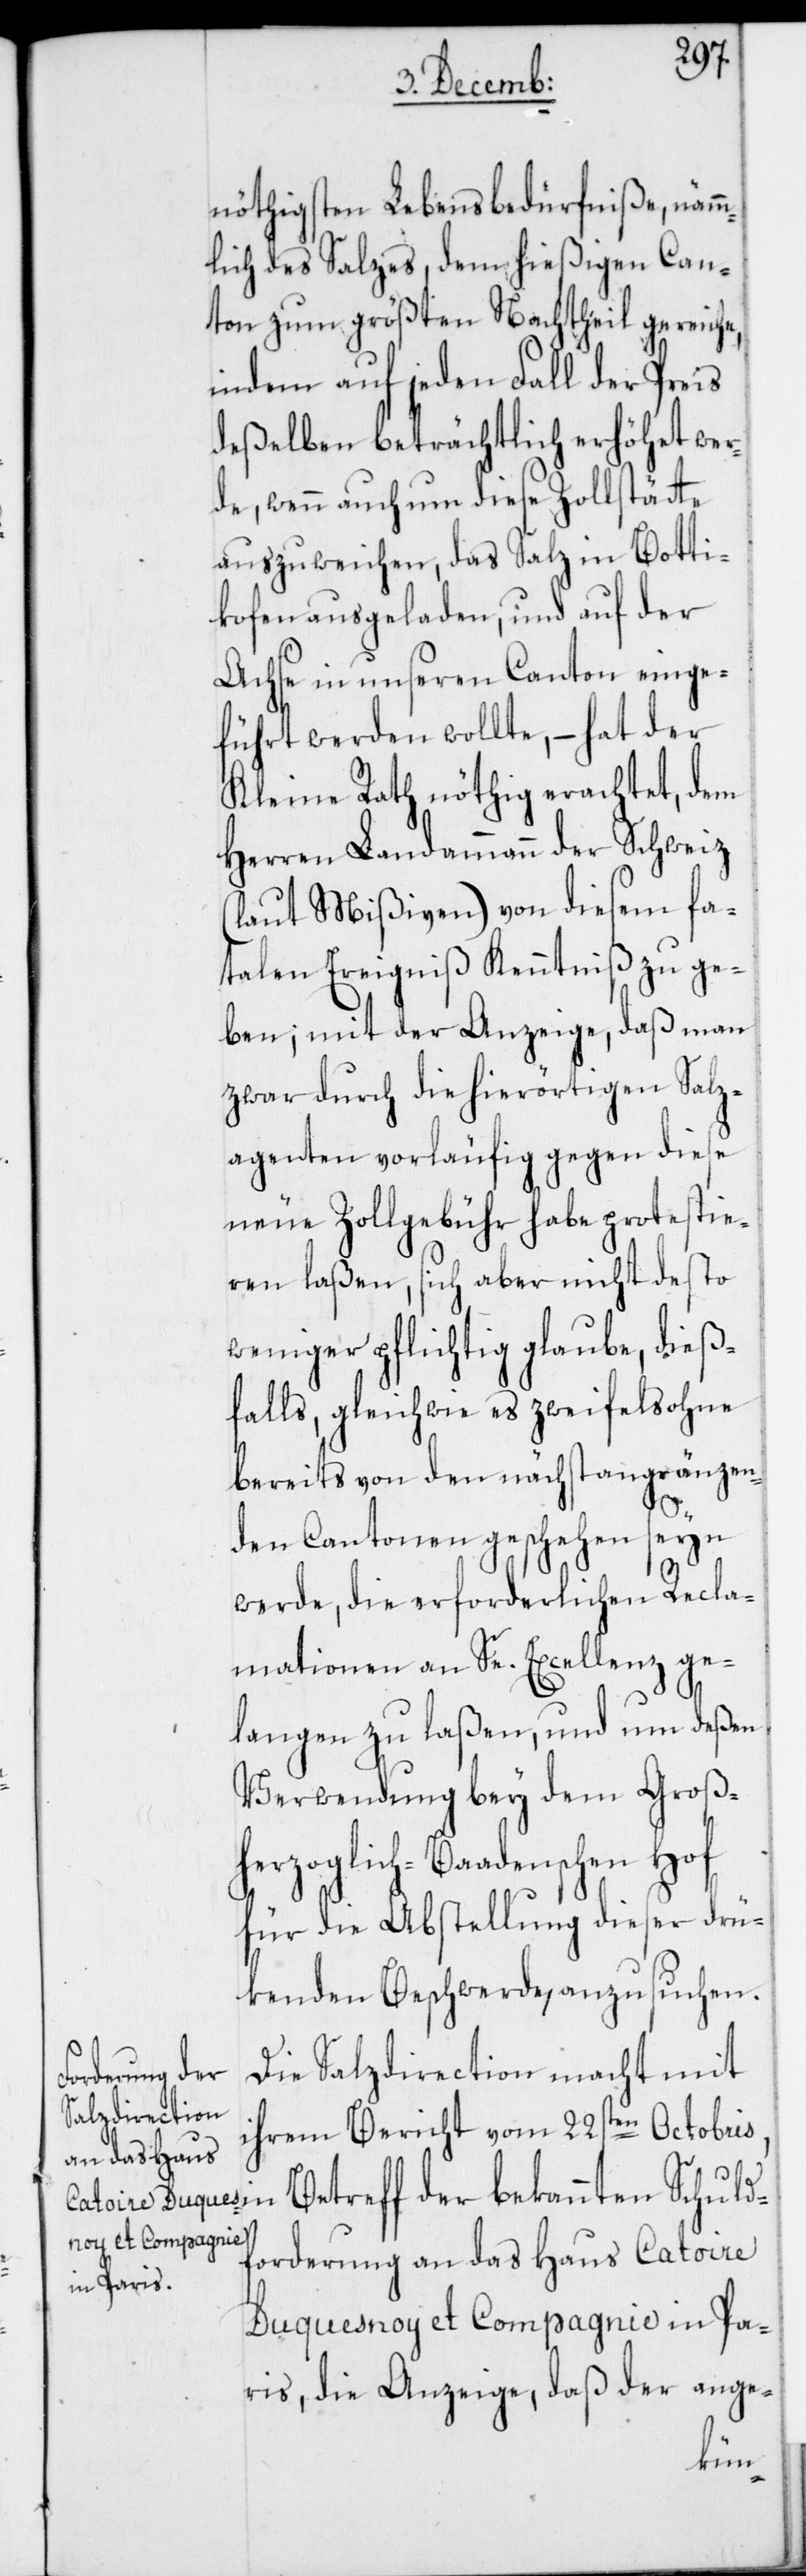
nöthigsten Lebensbedürfniße, nämm¬
lich des Salzes, dem hießigen Can¬
ton zum größten Nachtheil gereiche,
indem auf jeden Fall der Preis
deßelben beträchtlich erhöhet wer¬
de, wenn auch um diese Zollstätte
auszuweichen, das Salz in Botti¬
kofen ausgeladen, und auf der
Achse in unseren Canton einge¬
führt werden wollte, – hat der
Kleine Rath nöthig erachtet, dem
Herren Landammann der Schweiz
(laut Mißiven) von diesem fa¬
talen Ereigniß Kenntniß zu ge¬
ben; mit der Anzeige, daß man
zwar durch die hierörtigen Salz¬
agenten vorläufig gegen diese
neue Zollgebühr habe protestie¬
ren laßen, sich aber nicht desto
weniger pflichtig glaube, dieß¬
falls, gleichwie es zweifelsohne
bereits von den nächstangränzen¬
den Cantonen geschehen seyn
werde, die erforderlichen Recla¬
mationen an Se. Excellenz ge¬
langen zu laßen, und um deßen
Verwendung bey dem Groß¬
herzoglich-Baadenschen Hof
für die Abstellung dieser drü¬
kenden Beschwerde, anzusuchen.
Die Salzdirection macht mit
ihrem Bericht vom 22sten Octobr¬
is, in Betreff der bekannten Schuld¬
forderung an das Haus Catoire
Duquesnoy et Compagnie in Pa¬
ris, die Anzeige, daß der ange-